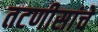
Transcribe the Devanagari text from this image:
तटणीसांचे